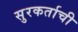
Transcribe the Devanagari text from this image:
सुरकर्ताची